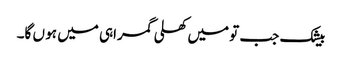
بیشک جب تو میں کھلی گمراہی میں ہو ں گا۔